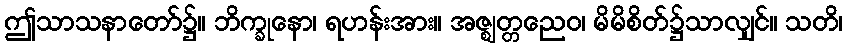
ဤသာသနာတော်၌။ ဘိက္ခုနော၊ ရဟန်းအား။ အဇ္ဈတ္တညေဝ၊ မိမိစိတ်၌သာလျှင်။ သတိ၊